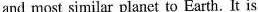
and most similar planet to Earth.